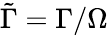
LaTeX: \tilde{\Gamma}=\Gamma/\Omega